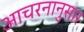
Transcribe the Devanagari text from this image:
आचरनानुसार